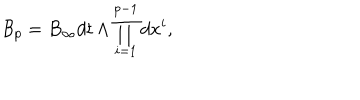
{ \mathcal B } _ { p } = B _ { \infty } d t \wedge \prod _ { i = 1 } ^ { p - 1 } d x ^ { i } ,